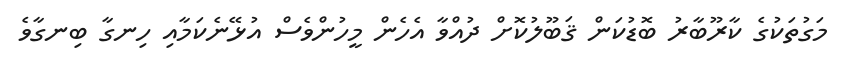
މަގުތަކުގެ ކާރޫބާރު ބޮޑުކަން ޤަބޫލުކޮށް ދުއްވާ އެހެން މީހުންވެސް އުޅޭނެކަމާއި ހިނގާ ބިނގާވެ